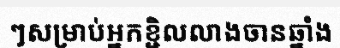
ៗសម្រាប់អ្នកខ្ជិលលាងចានឆ្នាំង